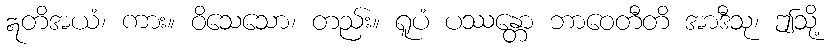
ဣတိအယံ၊ ကား။ ဝိသေသော၊ တည်း။ ရူပံ ပဿန္တော ဘာဝေတီတိ အာဒီသု၊ ဤသို့